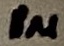
Text: 1µ